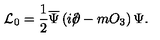
{ \cal L } _ { 0 } = \frac 1 2 \overline { \Psi } \left( i \rlap \slash \partial - m O _ { 3 } \right) \Psi .